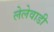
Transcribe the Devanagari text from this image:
लेलेवाडी